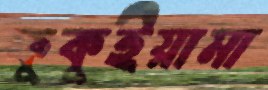
ফুকুইয়ামা